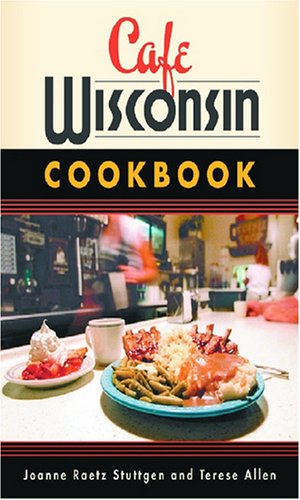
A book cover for Cafe Wisconsin Cookbook; Joanne Raetz Stuttgen; Cookbooks, Food & Wine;